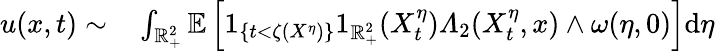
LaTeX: \begin{array}{rl}{u(x,t)\sim}&{{}\int_{\mathbb{R}_{+}^{2}}\mathbb{E}\left[1_{\{ t<\zeta(X^{\eta})\} }1_{\mathbb{R}_{+}^{2}}(X_{t}^{\eta})\varLambda_{2}(X_{t}^{\eta},x)\wedge\omega(\eta,0)\right]\mathrm{d}\eta}\end{array}